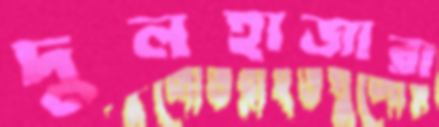
দুলহাজারা